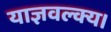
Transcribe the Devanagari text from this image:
याज्ञवल्क्य।